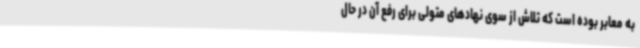
به معابر بوده است که تلاش از سوی نهادهای متولی برای رفع آن در حال